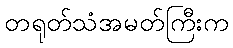
တရုတ်သံအမတ်ကြီးက